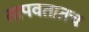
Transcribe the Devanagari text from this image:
तापवतातच